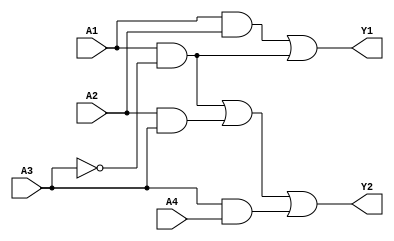
module FusedPAL (
    input wire A1, // Input 1
    input wire A2, // Input 2
    input wire A3, // Input 3
    input wire A4, // Input 4
    output wire Y1, // Output 1
    output wire Y2  // Output 2
);

    // Fixed AND gates
    wire and1, and2, and3, and4;

    // AND Gate Implementations
    assign and1 = A1 & A2;       // AND gate 1: A1 AND A2
    assign and2 = A1 & ~A3;      // AND gate 2: A1 AND NOT A3
    assign and3 = A2 & A3;       // AND gate 3: A2 AND A3
    assign and4 = A3 & A4;       // AND gate 4: A3 AND A4

    // Programmable OR Array
    // Each output can be formed by selecting combinations of the AND gates
    // Here we are directly programming the OR connections for simplicity
    assign Y1 = and1 | and2;     // Output 1: (A1 AND A2) OR (A1 AND NOT A3)
    assign Y2 = and2 | and3 | and4; // Output 2: (A1 AND NOT A3) OR (A2 AND A3) OR (A3 AND A4)

endmodule